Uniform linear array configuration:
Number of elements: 4
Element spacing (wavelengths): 0.25
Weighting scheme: kaiser
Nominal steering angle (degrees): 30
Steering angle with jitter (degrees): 31.079
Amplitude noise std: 0.05
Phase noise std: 0.05

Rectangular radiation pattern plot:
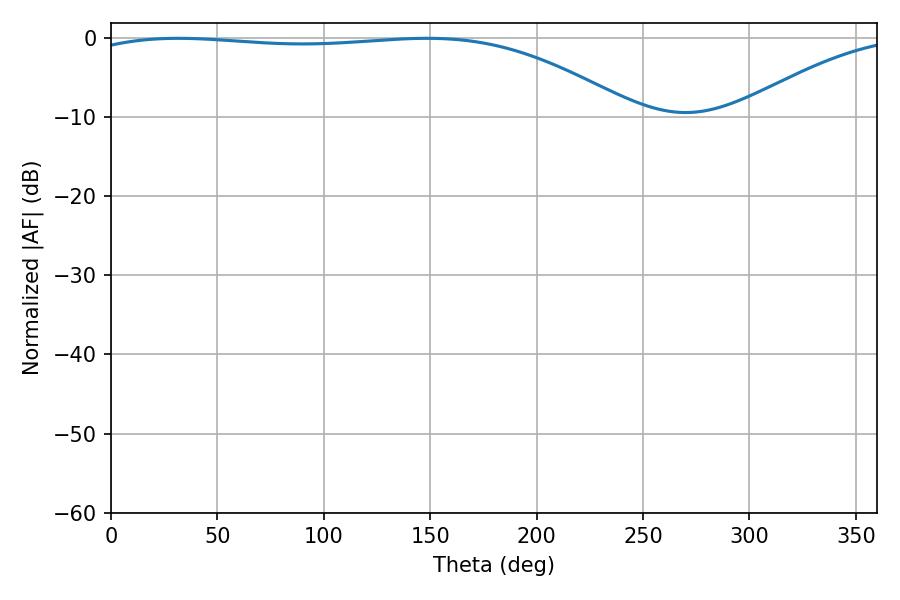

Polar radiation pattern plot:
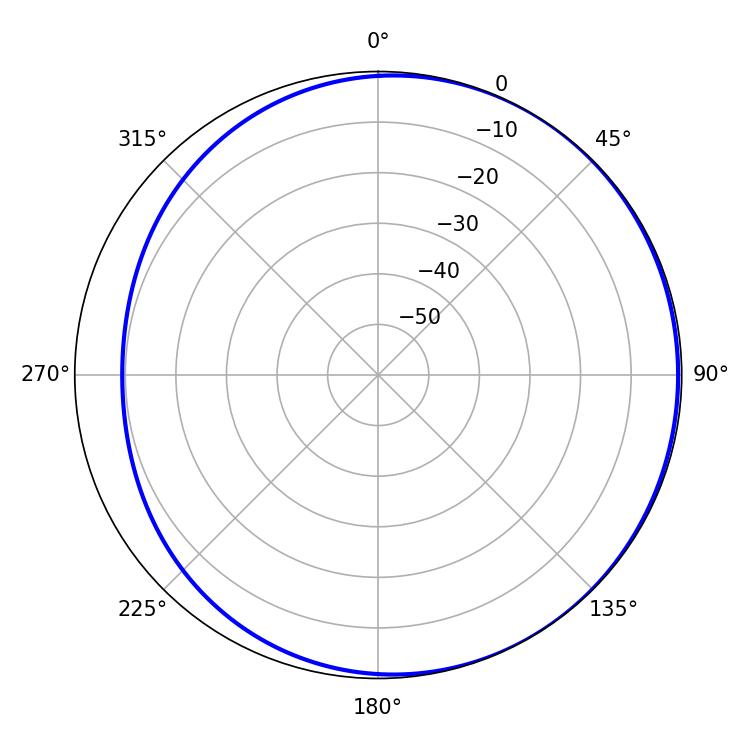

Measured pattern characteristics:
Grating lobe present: FALSE
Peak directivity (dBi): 1.736
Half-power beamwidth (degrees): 205.2
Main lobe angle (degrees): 31.5